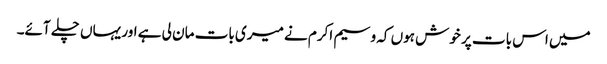
میں اس بات پر خوش ہوں کہ وسیم اکرم نے میری بات مان لی ہے اور یہاں چلے آئے۔